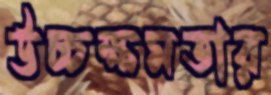
উচ্চক্ষমতার